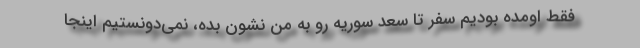
فقط اومده بودیم سفر تا سعد سوریه رو به من نشون بده، نمی‌دونستیم اینجا